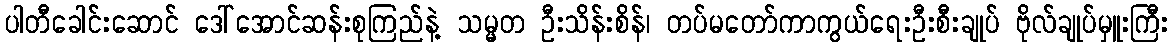
ပါတီခေါင်းဆောင် ဒေါ်အောင်ဆန်းစုကြည်နဲ့ သမ္မတ ဦးသိန်းစိန်၊ တပ်မတော်ကာကွယ်ရေးဦးစီးချုပ် ဗိုလ်ချုပ်မှူးကြီး